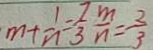
m + \frac { 1 } { n } = \frac { 7 } { 3 } \frac { m } { n } = - \frac { 2 } { 3 }